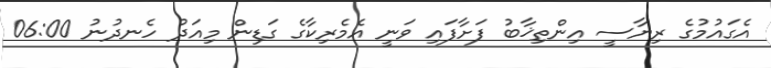
އެގައުމުގެ ރިޔާސީ އިންތިޚާބު ފަށާފައި ވަނީ އެމެރިކާގެ ގަޑިން މިއަދު ހެނދުނު 06:00